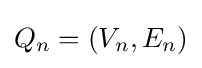
Q_{n}=(V_{n},E_{n})